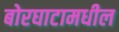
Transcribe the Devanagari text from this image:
बोरघाटामधील